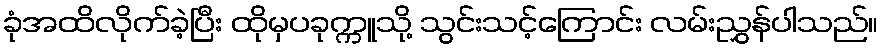
ခုံအထိလိုက်ခဲ့ပြီး ထိုမှပခုက္ကူသို့ သွင်းသင့်ကြောင်း လမ်းညွှန်ပါသည်။